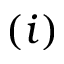
( i )